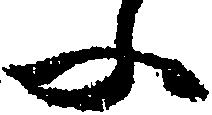
ふ